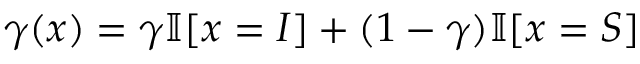
\gamma ( x ) = \gamma \mathbb { I } [ x = I ] + ( 1 - \gamma ) \mathbb { I } [ x = S ]